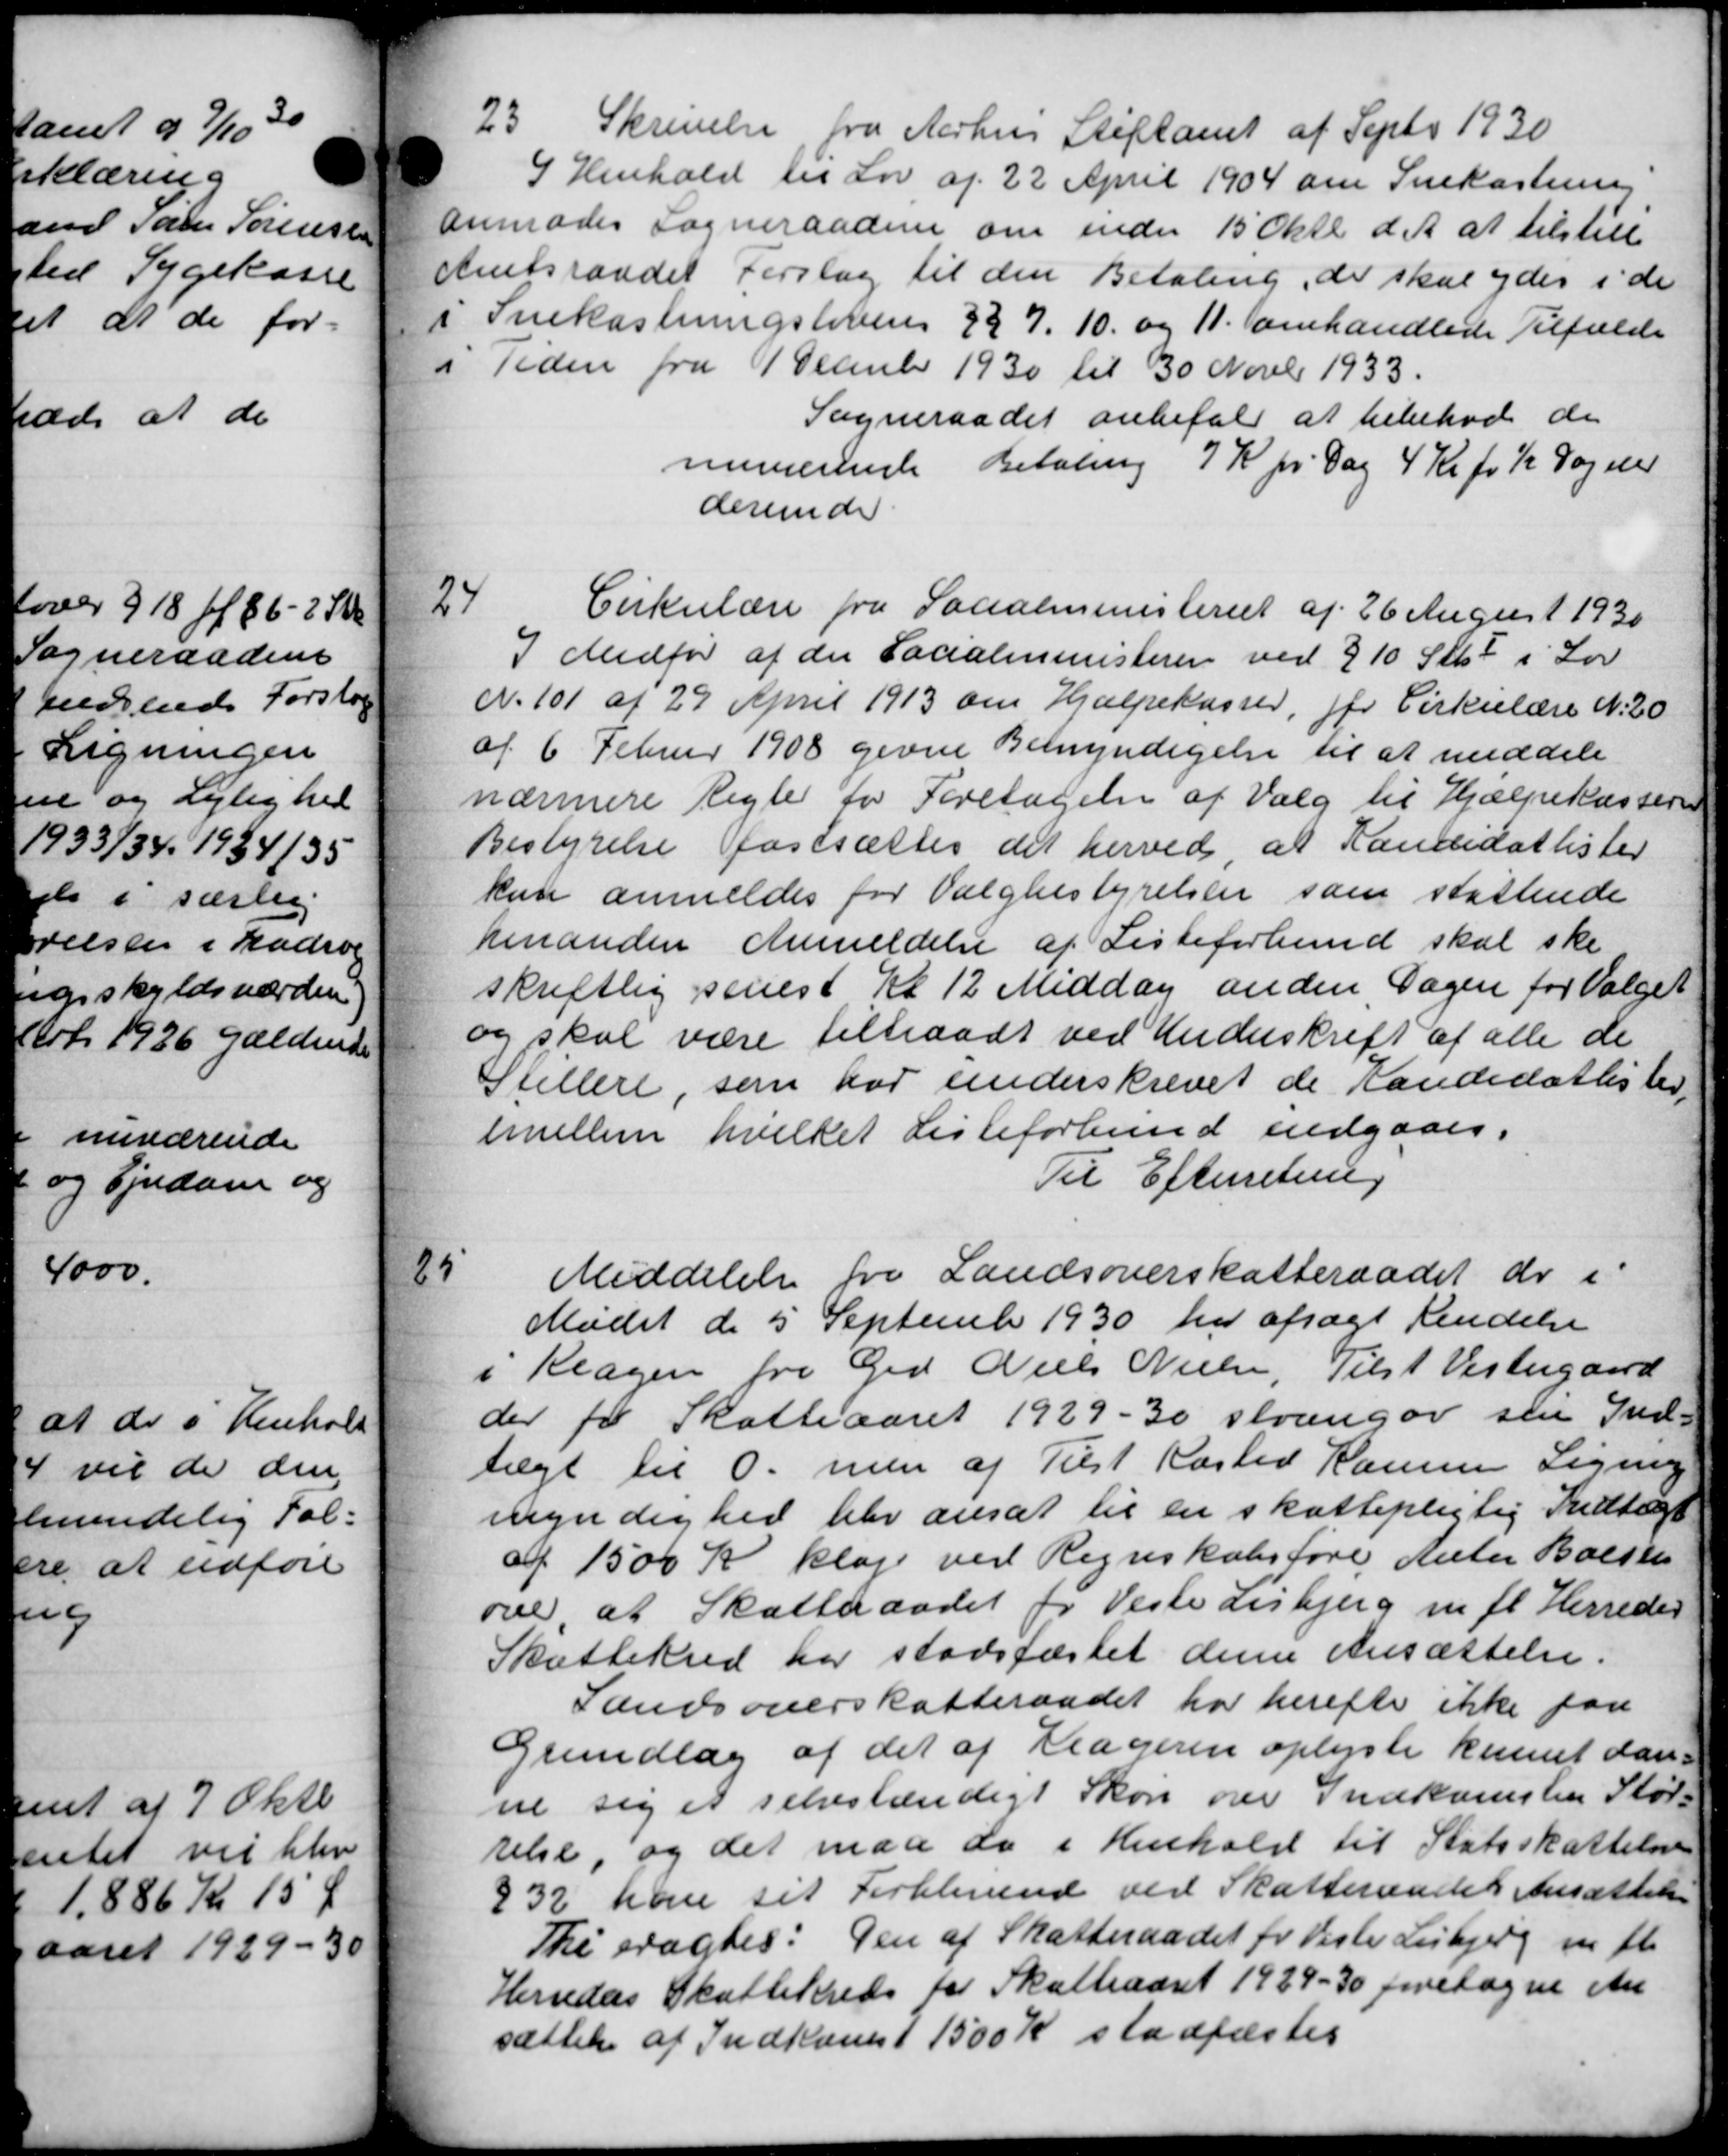
Transskription:
23.
Skrivelse fra Aarhus Stiftamt af Septr 1930
I Henhold til Lov af 22 April 1904 om Snekastning
anmodes Sogneraadene om inden 15 Oktb. d. A. at tilstill
Amtsraadet Forslag til den Betaling, der skal ydes i de
i Snekastningslovens §§ 7. 10. og 11 omhandlede Tilfælde
i Tiden fra 1 December 1930 til 30 Novbr 1933.
Sogneraadet anbefale at bibehode de
niverende Betaling 7 Kr pr Dag 4 Kr for ½ Dag ele
derunder.
4
Cirkulære fra Socialministeriet af 26 August 1930
I Medfør af der Socialministeren ved § 10 Stk. 4 i Lov
N. 101 af 29 April 1913 om Hjælpekasser, for Cirkulære N. 20
af 6 Februr 1908 givne Bemyndigelse til at meddele
nærmere Regle for Foretagelse af Valg til Hjælpekassen
Bestyrelse fastsættes det herved, at Kandidatlister
kun anmeldes for Valgbestyrelsen som stattende
henanden Anmeldelse af Listeforbund skal ske
skriftlig senest Kl 12 Middag anden Dagen for Valget
og skal være tiltraadt ved Underskrift af alle de
Stellere, som har underskrevet de Kandidatlister,
imellem hvilket Listeforbund indgaaes.
Til Efterretning
25
Meddelelse fra Landsoverskatteraadet der i
Mødet de 5 September 1930 har afsagt Kendelse
i Klagen fra Grd Niels Nielsen, Tilst Vestergaard
der for Skatteaaret 1929-30 strengør sin Ind-
tægt til 0. men af Tilst Kasted Hansen Ligning
myn dig her blev ansat til en skattepligtig Indtægt
af 1500 Kr klage ved Regnskabsføre Anton Boesen
over at Skatteraadet for Veste Lisbjerg m. fl. Herreder
Skattekred har stadfæstet denne Ansættelse.
Landsoverskatteraadet har herefter ikke paa
Grundlag af det af Klageren oplyste kunnet dan-
ne sig et selvstændigt Skøn over Indkomsten Stør-
relse, og det man do i Henhold til Statsskattelse
932 ham sit Forblivend ved Skatteraadets Ansættelse
The sragtes: Den af Skatteraadet for Veste Lisbjerg m. fl.
Herredes Skattekreds for Skatteaaret 1929-30 foretagne An
sættelse af Indkomst 1500 Kr stadfæstes